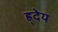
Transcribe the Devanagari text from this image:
ह्र्देय